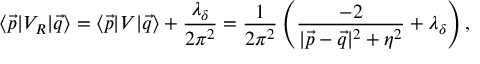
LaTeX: \langle \vec { p } | V _ { \cal R } | \vec { q } \rangle = \langle \vec { p } | V | \vec { q } \rangle + \frac { \lambda _ { \delta } } { 2 \pi ^ { 2 } } = \frac { 1 } { 2 \pi ^ { 2 } } \left( \frac { - 2 } { | \vec { p } - \vec { q } | ^ { 2 } + \eta ^ { 2 } } + \lambda _ { \delta } \right) ,